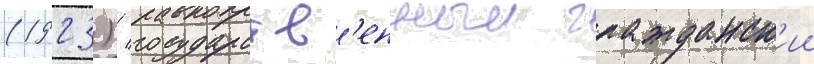
(1923) / государств'енныи гражданск'ии